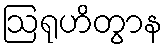
ဩရုဟိတွာန